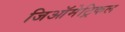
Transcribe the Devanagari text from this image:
जिऑमेट्रिकल